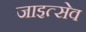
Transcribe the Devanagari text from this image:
जाइत्सेव